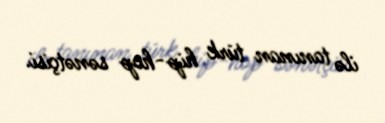
ilə tanınan türk hip-hop sənətçisi.